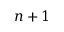
n + 1